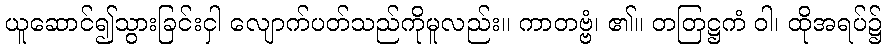
ယူဆောင်၍သွားခြင်းငှါ လျောက်ပတ်သည်ကိုမူလည်း။ ကာတဗ္ဗံ၊ ၏။ တတြဋ္ဌကံ ဝါ၊ ထိုအရပ်၌